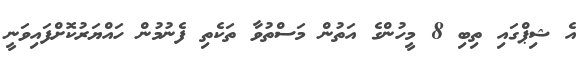
އެ ޝިޕްގައި ތިބި 8 މީހުންގެ އަތުން މަސްތުވާ ތަކެތި ފެނުމުން ހައްޔަރުކޮށްފައިވަނީ